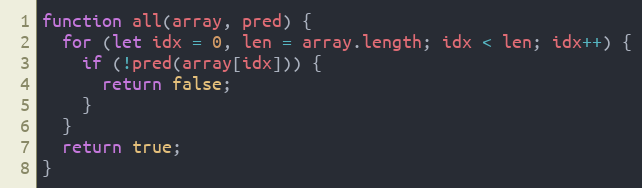
Language: JavaScript
function all(array, pred) {
  for (let idx = 0, len = array.length; idx < len; idx++) {
    if (!pred(array[idx])) {
      return false;
    }
  }
  return true;
}